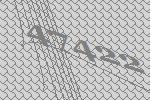
47422